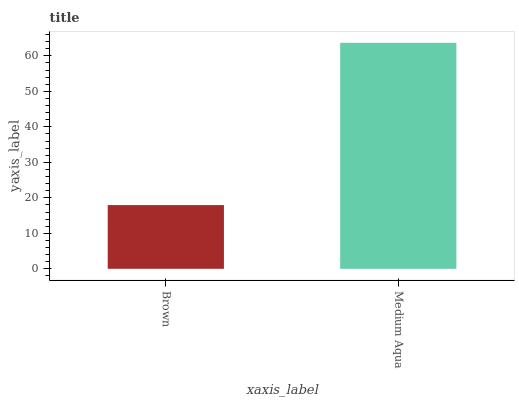
| xaxis_label | bars |
 | --- | --- |
 | Brown | 18 |
 | Medium Aqua | 63.7 |